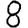
Digit: 8